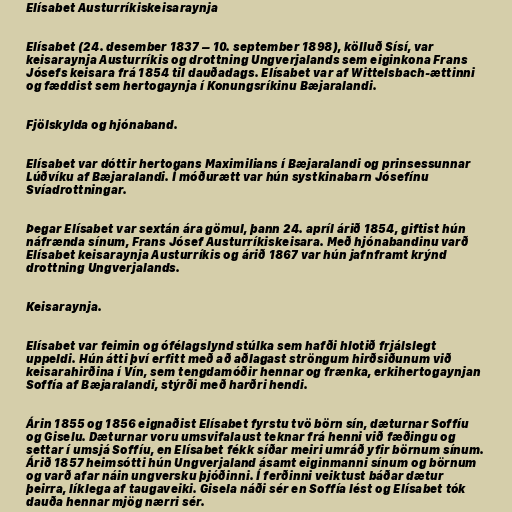
Elísabet Austurríkiskeisaraynja

Elísabet (24. desember 1837 – 10. september 1898), kölluð Sísí, var
keisaraynja Austurríkis og drottning Ungverjalands sem eiginkona Frans
Jósefs keisara frá 1854 til dauðadags. Elísabet var af Wittelsbach-ættinni
og fæddist sem hertogaynja í Konungsríkinu Bæjaralandi.

Fjölskylda og hjónaband.

Elísabet var dóttir hertogans Maximilians í Bæjaralandi og prinsessunnar
Lúðvíku af Bæjaralandi. Í móðurætt var hún systkinabarn Jósefínu
Svíadrottningar.

Þegar Elísabet var sextán ára gömul, þann 24. apríl árið 1854, giftist hún
náfrænda sínum, Frans Jósef Austurríkiskeisara. Með hjónabandinu varð
Elísabet keisaraynja Austurríkis og árið 1867 var hún jafnframt krýnd
drottning Ungverjalands.

Keisaraynja.

Elísabet var feimin og ófélagslynd stúlka sem hafði hlotið frjálslegt
uppeldi. Hún átti því erfitt með að aðlagast ströngum hirðsiðunum við
keisarahirðina í Vín, sem tengdamóðir hennar og frænka, erkihertogaynjan
Soffía af Bæjaralandi, stýrði með harðri hendi.

Árin 1855 og 1856 eignaðist Elísabet fyrstu tvö börn sín, dæturnar Soffíu
og Giselu. Dæturnar voru umsvifalaust teknar frá henni við fæðingu og
settar í umsjá Soffíu, en Elísabet fékk síðar meiri umráð yfir börnum sínum.
Árið 1857 heimsótti hún Ungverjaland ásamt eiginmanni sínum og börnum
og varð afar náin ungversku þjóðinni. Í ferðinni veiktust báðar dætur
þeirra, líklega af taugaveiki. Gisela náði sér en Soffía lést og Elísabet tók
dauða hennar mjög nærri sér.